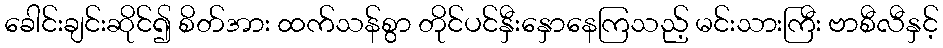
ခေါင်းချင်းဆိုင်၍ စိတ်အား ထက်သန်စွာ တိုင်ပင်နှီးနှောနေကြသည့် မင်းသားကြီး ဗာစီလီနှင့်